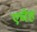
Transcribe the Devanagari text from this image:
एचेह